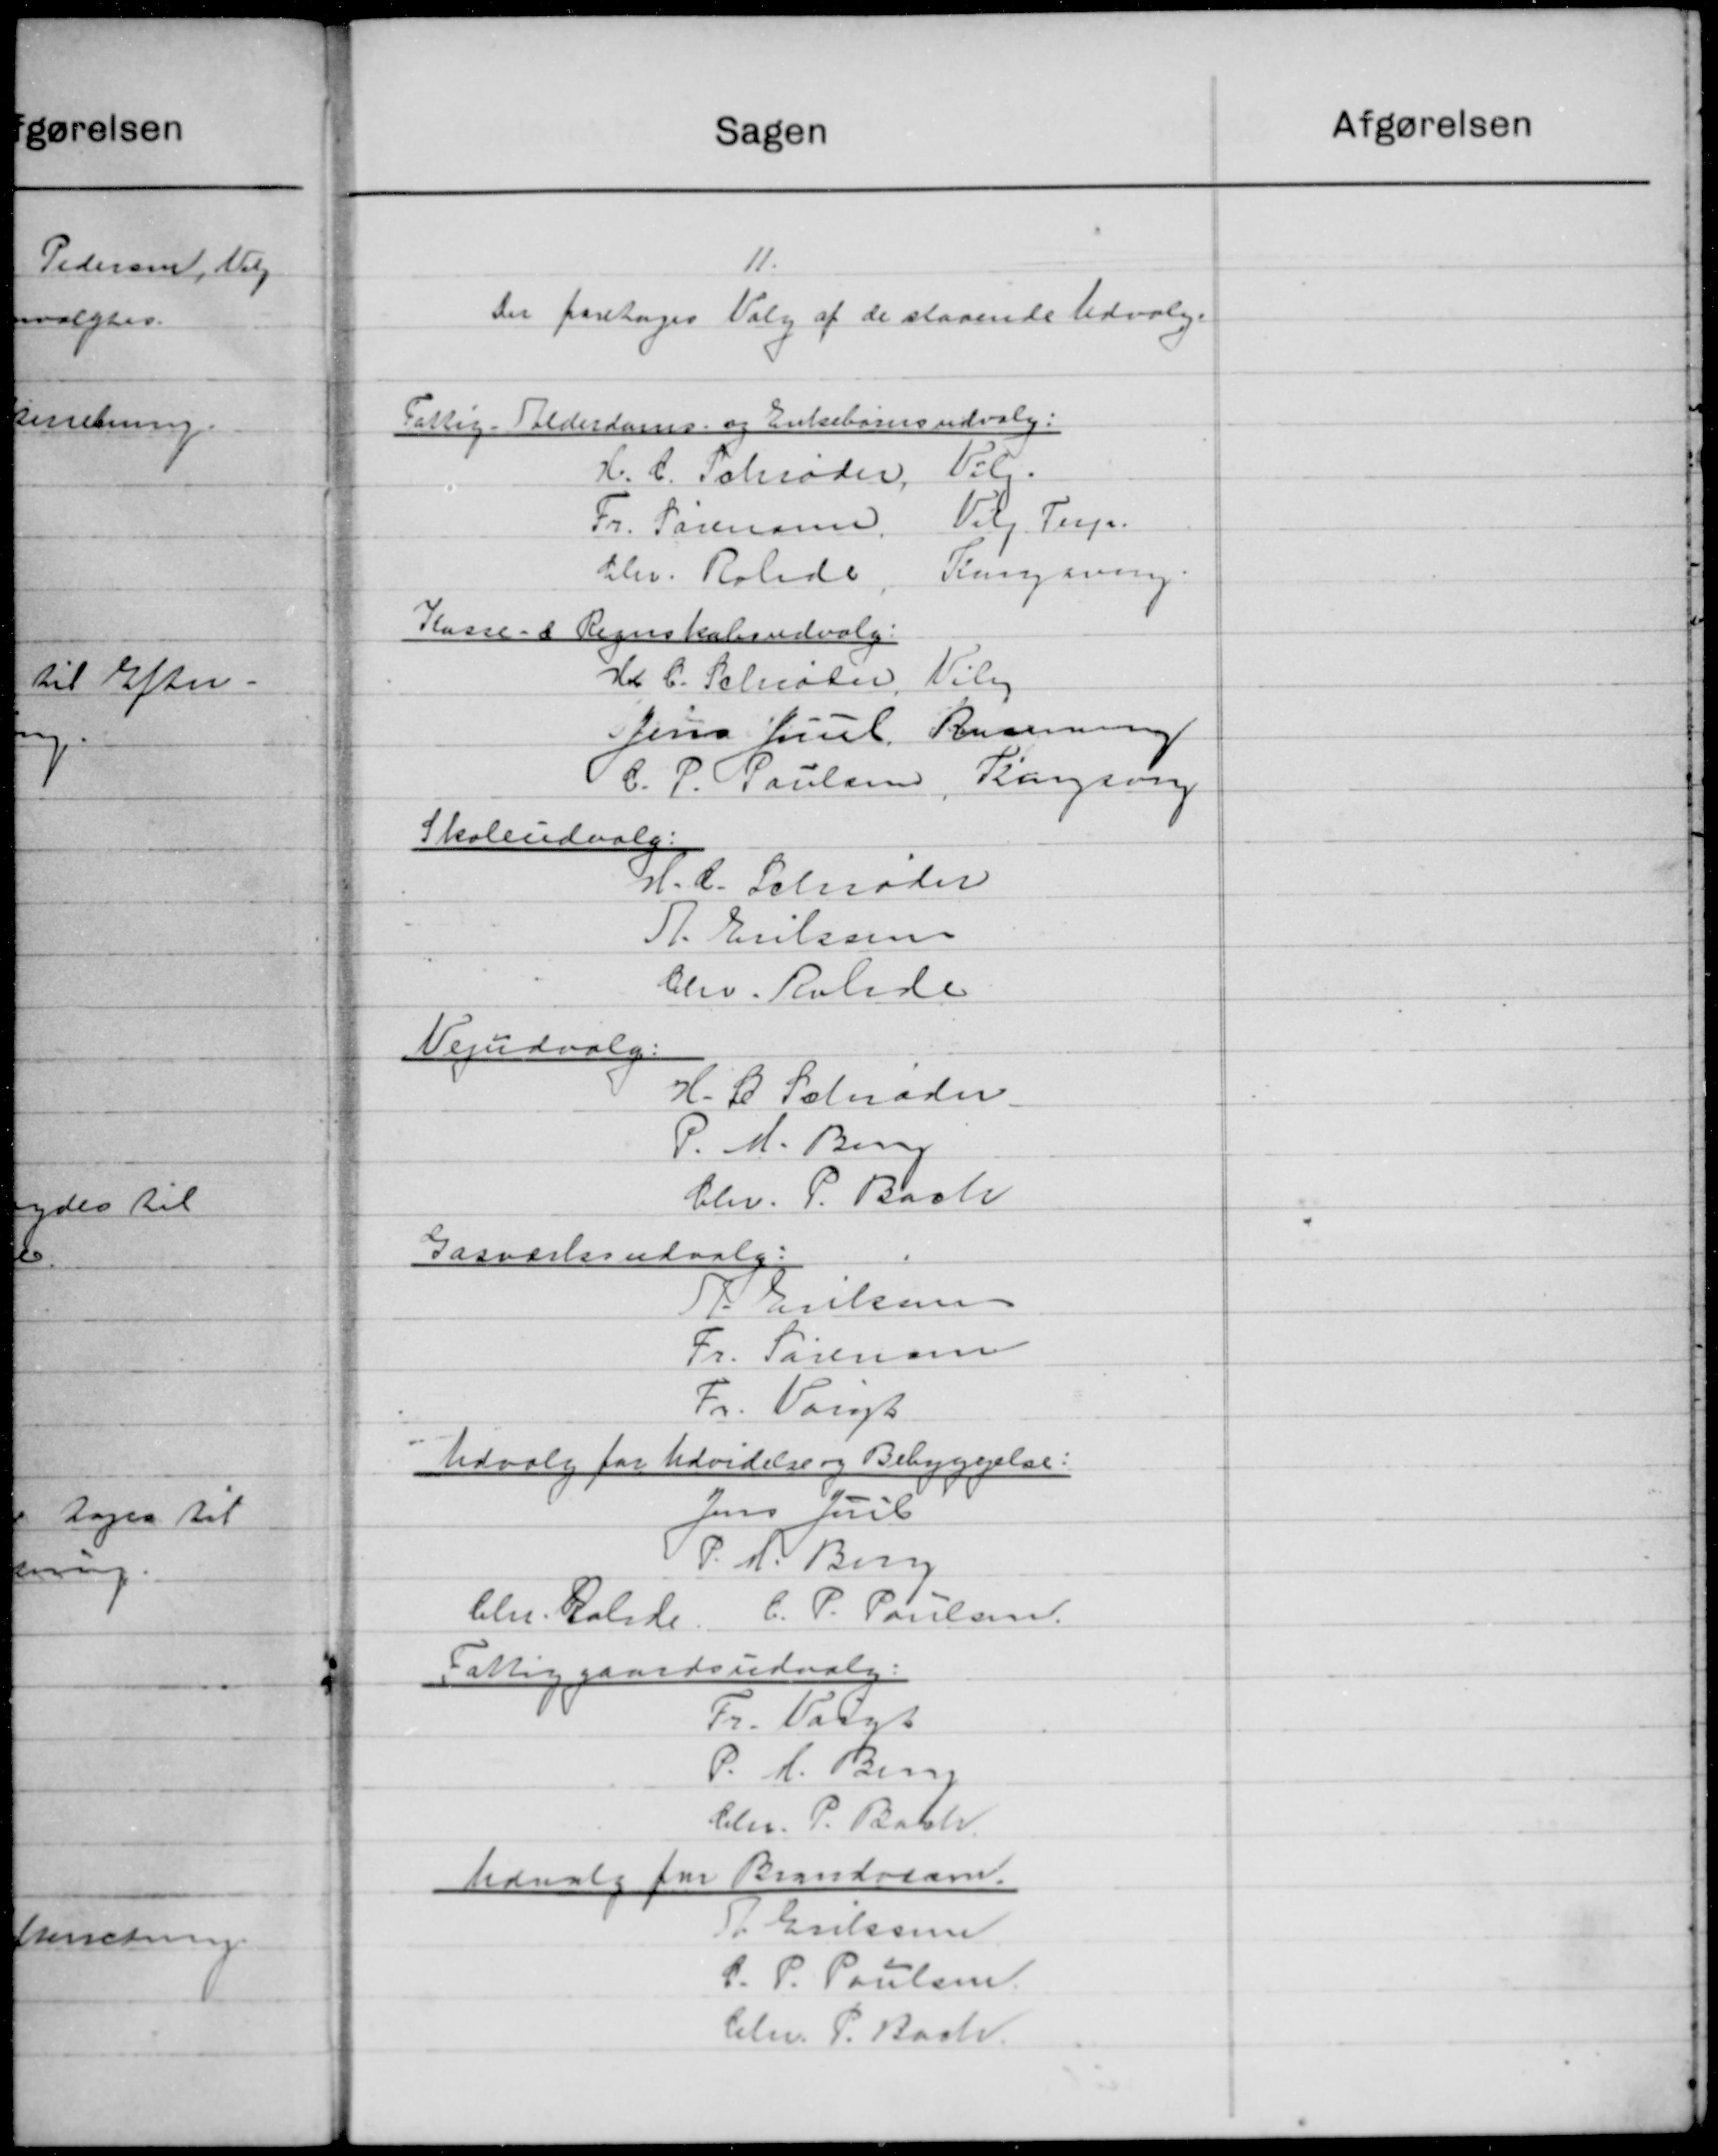
Transskription:
Sagen
11.
Der foretoges Valg af de staaende Udvalge
Fattig Alderdoms og Enkebørnsudvalg:
Vøl.
H. C. Schrøder
Vald. Pup.
Fr. Sørensen
blev. Rolade
Kangering.
Kasse- & Regnskabsudvalg.
Vilg.
H. C. Schiøten
Rusenning
Jens Juul
Borgsve
C. P. Poulsen
Skoleudvalg.
H.C. Schrøder
P. Erikse
berv. Kalide
Vejudvalg:
H. P. Peterader
P. M. Brug
Chr. P. Bach
Gasværksudvalg.
P. Eriksen
Fr. Sørensen
Fr. Vangs
Udvalg for Udvidelse og Bebyggelse:
Jens Juul
P. N. Berg
C. P. Poulsen.
bem. Ralide
Fattiggaardsudvalg.
Fr. Valgt
P. A. Benny
Chr. P. Bach.
Udvalg for Brandriam.
 Eriksen
C. P. Poulsen
Chr. P. Bach.